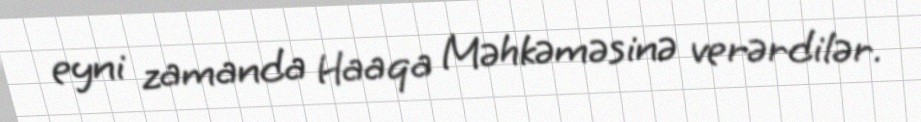
eyni zamanda Haaqa Məhkəməsinə verərdilər.